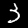
Label: 3